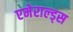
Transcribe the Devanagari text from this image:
एमेराल्ड्स